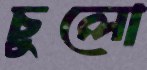
চুলো